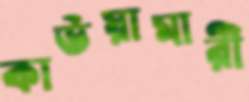
কাউয়ামারী